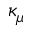
\kappa _ { \mu }